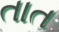
તાત